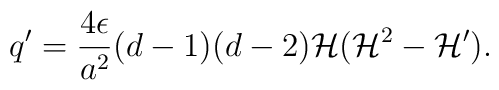
q' = \frac{ 4 \epsilon}{a^2} ( d-1) ( d- 2) {\cal H} ( {\cal H}^2 - {\cal H}').